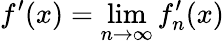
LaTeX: f^{\prime}(x)=\operatorname*{lim}_{n\to\infty}f_{n}^{\prime}(x)